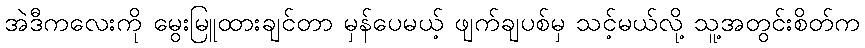
အဲဒီကလေးကို မွေးမြူထားချင်တာ မှန်ပေမယ့် ဖျက်ချပစ်မှ သင့်မယ်လို့ သူ့အတွင်းစိတ်က